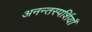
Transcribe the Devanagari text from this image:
अनन्तस्पर्शियाँ